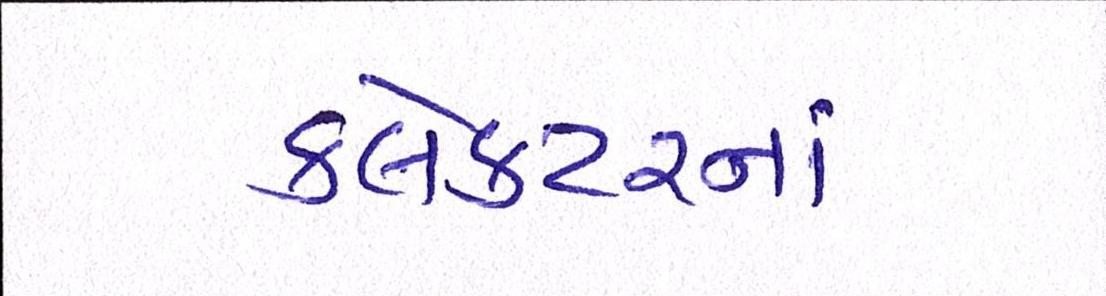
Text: કલેકટરનાં